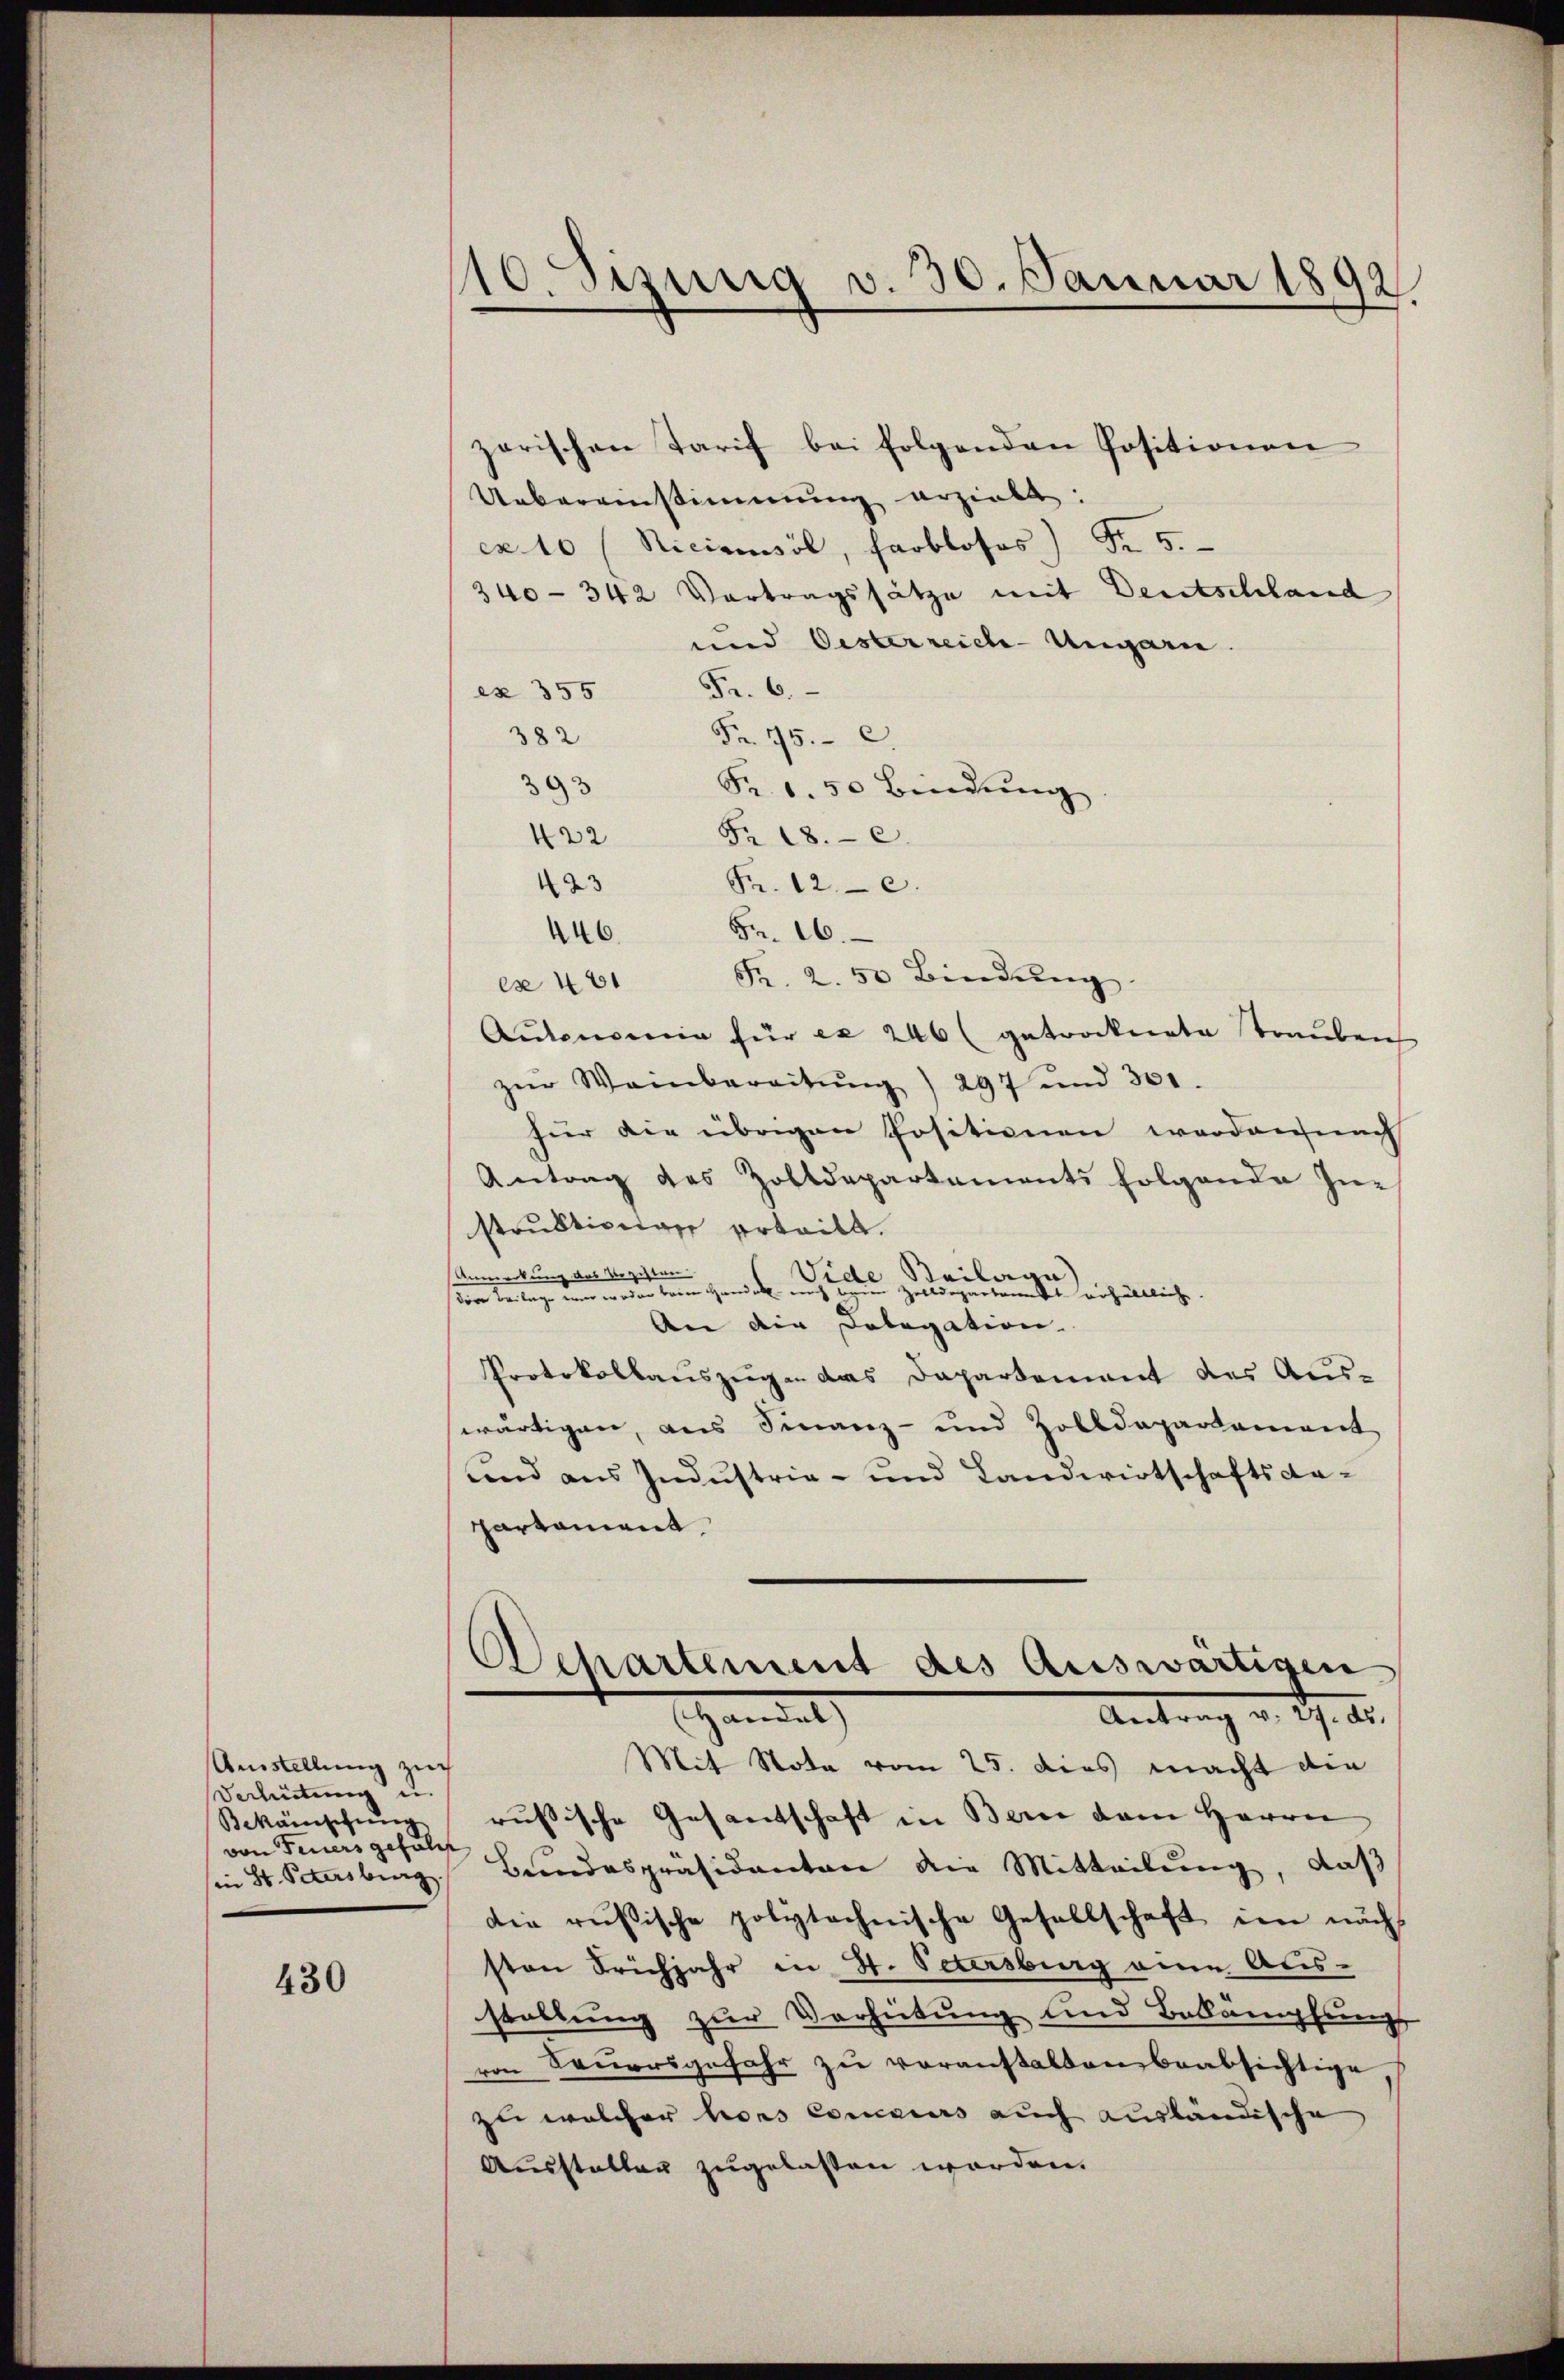
Ausstellung zuch
Verhütung u.
Bekämschung
von Feuers gefall
in St. Petersburg

430

110. Sitzung v. 30. Januar 1892.

zarischen Tarif bei folgenden Positionen
Uebereinstimmung erzieht:
cx 10 (Niciamsöl, farbloses) Fr. 5.
340-342 Vortragssätze mit Deutschland
und Oesterreich-Ungarn.
ex 355 Fr. 6.
Fr. 75. c.
382
393
Fr. 1.50 Bindŭng.
422 Fr. 18. c.
Fr. 12. c.
123
Fr. 16.
446
Es 481 R. 2. 50 Bindŭng
Autonomie für ex 246 (getrocknete Trauben
zŭr Weinbereitŭng) 297 und 301.
für die übrigen Positionen worden nach
Antrag des Zolldepartements folgende In-
struktionen erteilt.
UAnmerkung des Registen.
Beila
Viele zu wegenten Sie erhältlich
die Beilage war weder beim Handel noch
An die Dolegation.
Protokollauszugen das Dapartement des Aus-
wärtigen, aus Finanz- und Zolldepartement
und aus Industria- und Landwirtschaftsanpartament
Departement des Auswärtigen
Handel
Antrag v. J. 18.
Mit Nota vom 25. dies macht die
rusische Gesantschaft in Bern dem Herrn
Bundespräsidenten die Mitteilung, daß
die russische polytechnische Gesellschaft im nach
sten Frühjahr in H. Petersburg eine Aus-
stellung zur Verhütung und Bekämpfungs
von Sauersgefahr zu voranstalten beabsichtige
zu welcher hors Concours auch ausländische
Ausstatten zugelasten worden.